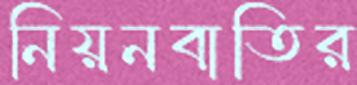
নিয়নবাতির